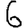
Digit: 6